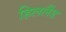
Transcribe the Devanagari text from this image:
हिललैंड